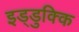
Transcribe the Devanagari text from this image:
इड्डुक्कि